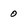
Character: 0